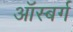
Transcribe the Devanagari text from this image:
ऑस्बर्ग